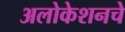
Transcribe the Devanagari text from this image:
अलोकेशनचे